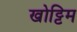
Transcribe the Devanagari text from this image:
खोट्टिम